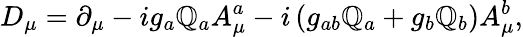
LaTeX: D_{\mu}=\partial_{\mu}-ig_{a}\mathbb{Q}_{a}A_{\mu}^{a}-i\left(g_{ab}\mathbb{Q}_{a}+g_{b}\mathbb{Q}_{b}\right)A_{\mu}^{b},